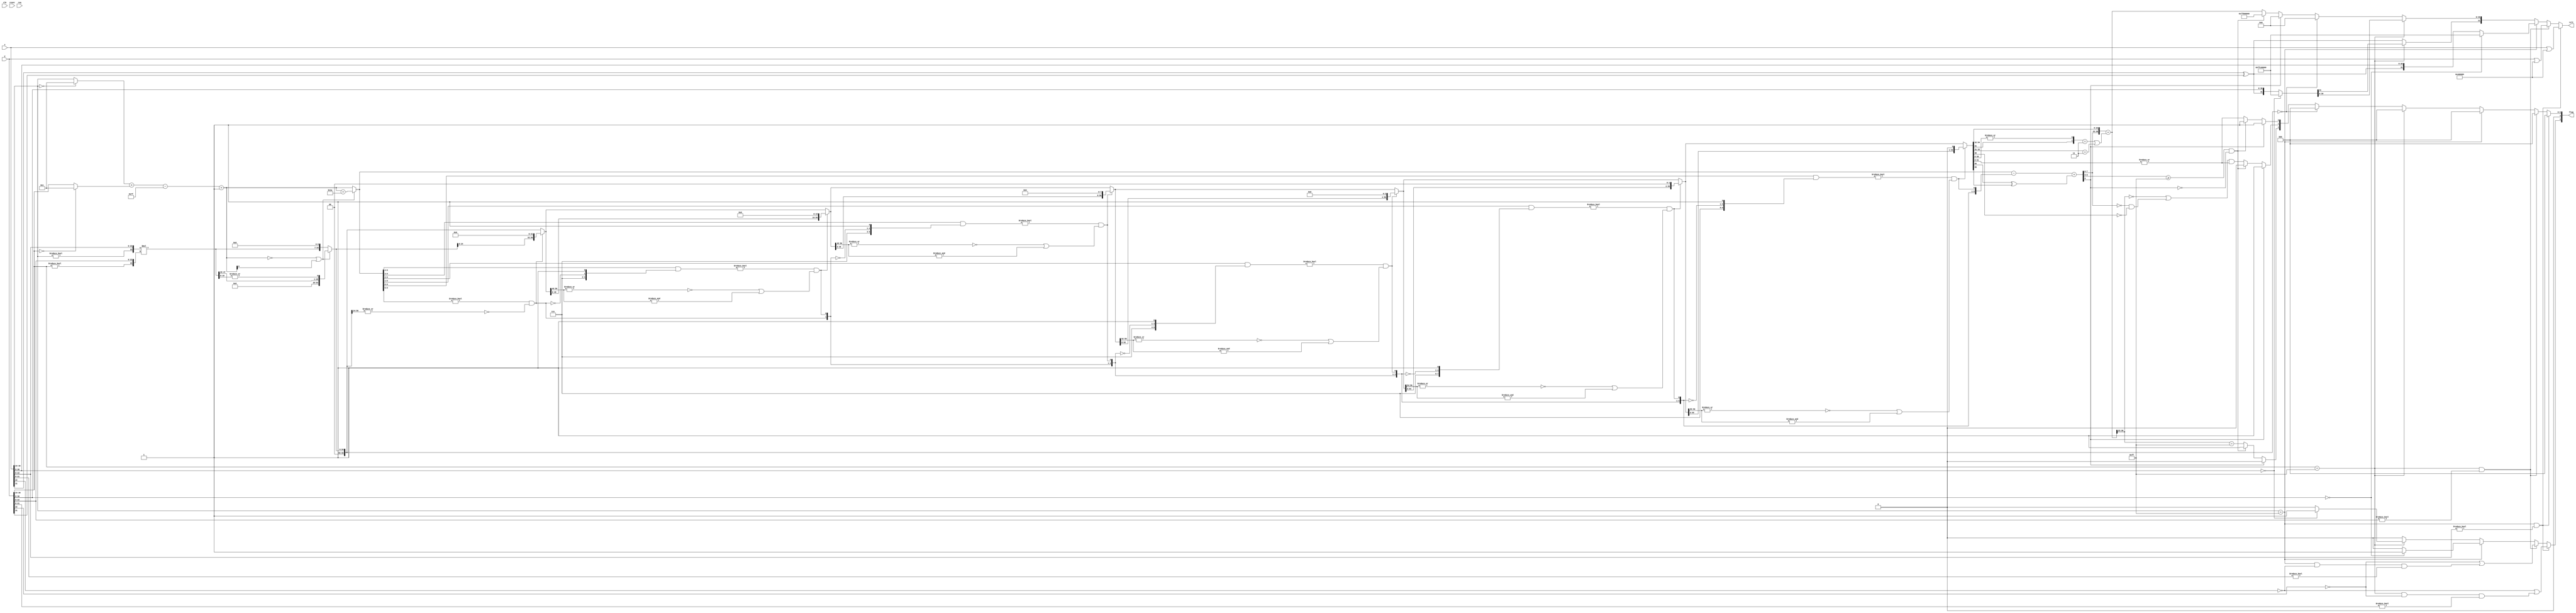
module fmul
  (
   input             clk,
   input             reset,
   input             req,
   input [31:0]      x,
   input [31:0]      y,
   output reg [31:0] rslt,
   output reg [4:0]  flag
   );

   wire [7:0]    expx = (x[30:23]==8'h00) ? 8'h01 : x[30:23];
   wire [7:0]    expy = (y[30:23]==8'h00) ? 8'h01 : y[30:23];
   wire [9:0]    expm = expx + expy - 127 + 1;
   reg [9:0]     expr;

   wire          sgnr = x[31]^y[31];

   wire [23:0]   fracx = {(x[30:23]!=8'h00),x[22:0]};
   wire [23:0]   fracy = {(y[30:23]!=8'h00),y[22:0]};
   wire [47:0]   fracm = fracx * fracy;
   reg [25:0]    fracr;
   reg [30:0]    guard;
   wire          rnd;

   wire [5:0]    nrmsft;                                        // expr >= nrmsft : subnormal output
   wire [56:0]   nrmi,nrm0,nrm1,nrm2,nrm3,nrm4,nrm5;

   assign nrmsft[5] =  (expr[8:5]!=4'h0) & (~(|nrmi[56:24])|(&nrmi[56:24]));
   assign nrmsft[4] = (((expr[8:4]&{3'h7,~nrmsft[5],  1'b1})!=5'h00) & (~(|nrm5[56:40])|(&nrm5[56:40])));
   assign nrmsft[3] = (((expr[8:3]&{3'h7,~nrmsft[5:4],1'b1})!=6'h00) & (~(|nrm4[56:48])|(&nrm4[56:48])));
   assign nrmsft[2] = (((expr[8:2]&{3'h7,~nrmsft[5:3],1'b1})!=7'h00) & (~(|nrm3[56:52])|(&nrm3[56:52])));
   assign nrmsft[1] = (((expr[8:1]&{3'h7,~nrmsft[5:2],1'b1})!=8'h00) & (~(|nrm2[56:54])|(&nrm2[56:54])));
   assign nrmsft[0] = (((expr[8:0]&{3'h7,~nrmsft[5:1],1'b1})!=9'h00) & (~(|nrm1[56:55])|(&nrm1[56:55])));

   assign nrmi = {fracr,guard};
   assign nrm5 = (~nrmsft[5]) ? nrmi : {nrmi[24:0], 32'h0000};
   assign nrm4 = (~nrmsft[4]) ? nrm5 : {nrm5[40:0], 16'h0000};
   assign nrm3 = (~nrmsft[3]) ? nrm4 : {nrm4[48:0], 8'h00};
   assign nrm2 = (~nrmsft[2]) ? nrm3 : {nrm3[52:0], 4'h0};
   assign nrm1 = (~nrmsft[1]) ? nrm2 : {nrm2[54:0], 2'b00};
   assign nrm0 = (~nrmsft[0]) ? nrm1 : {nrm1[55:0], 1'b0};
   wire [1:0] ssn = {nrm0[30],(|nrm0[29:0])};
   wire [2:0] grsn = {nrm0[32:31],(|ssn)};

   assign rnd = (grsn[1:0]==2'b11)|(grsn[2:1]==2'b11);

   wire [9:0]  expn = expr-nrmsft+(nrm0[56]^nrm0[55]); // subnormal(+0) or normal(+1)

   always @(*) begin
      if((expm==0)|expm[9])begin
         expr = expm+26;
         {fracr[25:0],guard[30:0]} <= {26'h0, 3'h0, fracm[47:20], (|fracm[19:0])};
      end else begin
         expr = expm;
         {fracr[25:0],guard[30:0]} <= {3'h0, fracm[47:0], 7'h00};
      end
   end
   always @(*) begin
      rslt[31] = sgnr;
      flag = 0;
      if((x[30:23]==8'hff)&(x[22:0]!=0))begin
         rslt = x|32'h00400000;
         flag[4]=~x[22]|((y[30:23]==8'hff)&~y[22]&(y[21:0]!=0));
      end else if((y[30:23]==8'hff)&(y[22:0]!=0))begin
         rslt = y|32'h00400000;
         flag[4]=~y[22]|((x[30:23]==8'hff)&~x[22]&(x[21:0]!=0));
      end else if(x[30:23]==8'hff)begin
         if(y[30:0]==0)begin
            rslt = 32'hffc00000;
            flag[4] = 1'b1;
         end else begin
            rslt[31:0] = {x[31]^y[31],x[30:0]};
         end
      end else if(y[30:23]==8'hff)begin
         if(x[30:0]==0)begin
            rslt = 32'hffc00000;
            flag[4] = 1'b1;
         end else begin
            rslt[31:0] = {x[31]^y[31],y[30:0]};
         end
      end else if({fracr,guard}==0)begin
         rslt[30:0] = 31'h00000000;
      end else if(expn[9])begin
         rslt[30:0] = 31'h00000000;
         flag[0] = 1'b1;
         flag[1] = 1'b1;
      end else if((expn[8:0]>=9'h0ff)&(~expn[9]))begin
         rslt[30:0] = 31'h7f800000;
         flag[0] = 1'b1;
         flag[2] = 1'b1;
      end else begin
         rslt[30:0] = {expn[7:0],nrm0[54:32]}+rnd;
         flag[0]=|grsn[1:0];
         flag[1]=((rslt[30:23]==8'h00)|((expn[7:0]==8'h00)&~ssn[1]))&(flag[0]);
         flag[2]=(rslt[30:23]==8'hff);
      end
   end

endmodule